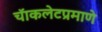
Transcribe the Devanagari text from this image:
चॅाकलेटप्रमाणे